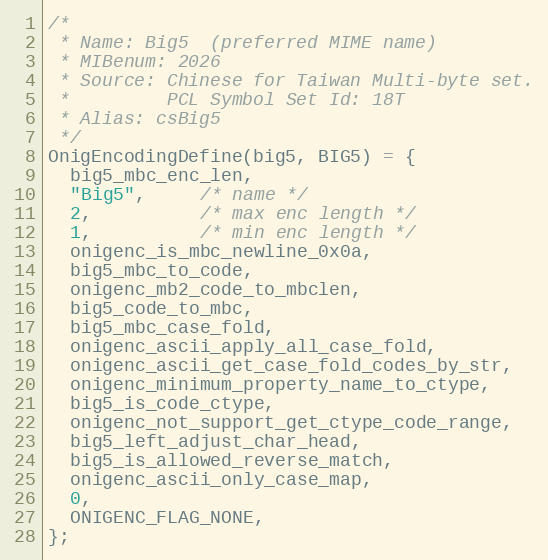
Language: C
/*
 * Name: Big5  (preferred MIME name)
 * MIBenum: 2026
 * Source: Chinese for Taiwan Multi-byte set.
 *         PCL Symbol Set Id: 18T
 * Alias: csBig5
 */
OnigEncodingDefine(big5, BIG5) = {
  big5_mbc_enc_len,
  "Big5",     /* name */
  2,          /* max enc length */
  1,          /* min enc length */
  onigenc_is_mbc_newline_0x0a,
  big5_mbc_to_code,
  onigenc_mb2_code_to_mbclen,
  big5_code_to_mbc,
  big5_mbc_case_fold,
  onigenc_ascii_apply_all_case_fold,
  onigenc_ascii_get_case_fold_codes_by_str,
  onigenc_minimum_property_name_to_ctype,
  big5_is_code_ctype,
  onigenc_not_support_get_ctype_code_range,
  big5_left_adjust_char_head,
  big5_is_allowed_reverse_match,
  onigenc_ascii_only_case_map,
  0,
  ONIGENC_FLAG_NONE,
};